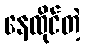
နေထိုင်တဲ့